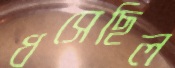
ধসেছিল